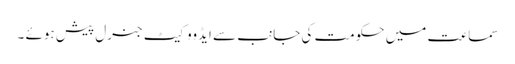
سماعت میں حکومت کی جانب سے ایڈووکیٹ جنرل پیش ہوئے ۔